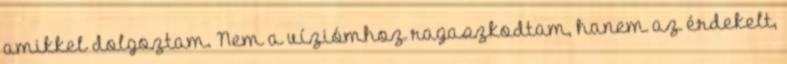
amikkel dolgoztam. Nem a víziómhoz ragaszkodtam, hanem az érdekelt,